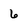
Character: 6